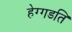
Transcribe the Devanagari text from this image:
हेग्गडति